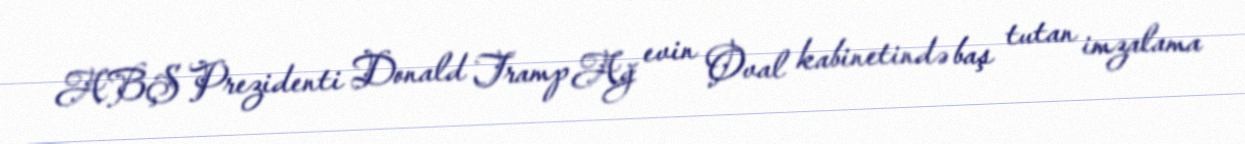
ABŞ Prezidenti Donald Tramp Ağ evin Oval kabinetində baş tutan imzalama